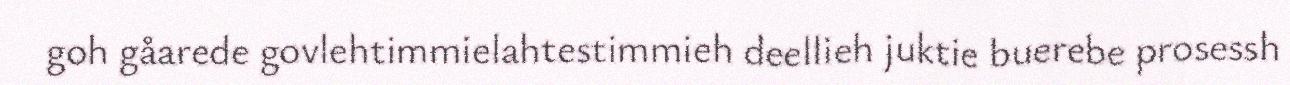
goh gåarede govlehtimmielahtestimmieh deellieh juktie buerebe prosessh